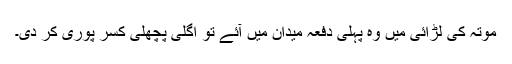
موتہ کی لڑائی میں وہ پہلی دفعہ میدان میں آئے تو اگلی پچھلی کسر پوری کر دی۔